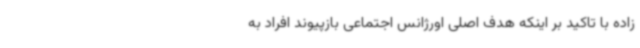
زاده با تاکید بر اینکه هدف اصلی اورژانس اجتماعی بازپیوند افراد به